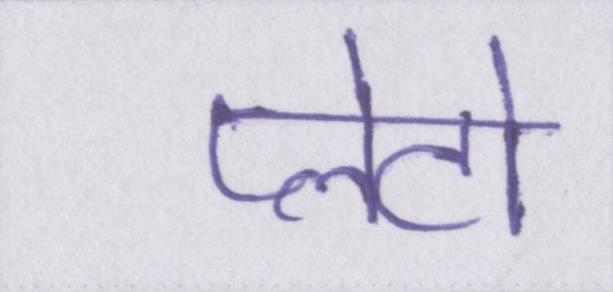
प्लेटो